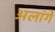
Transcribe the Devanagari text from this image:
अलांगे